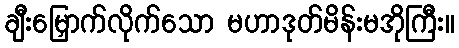
ချီးမြှောက်လိုက်သော မဟာဒုတ်မိန်းမအိုကြီး။